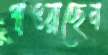
পাওয়াচ্ছেন